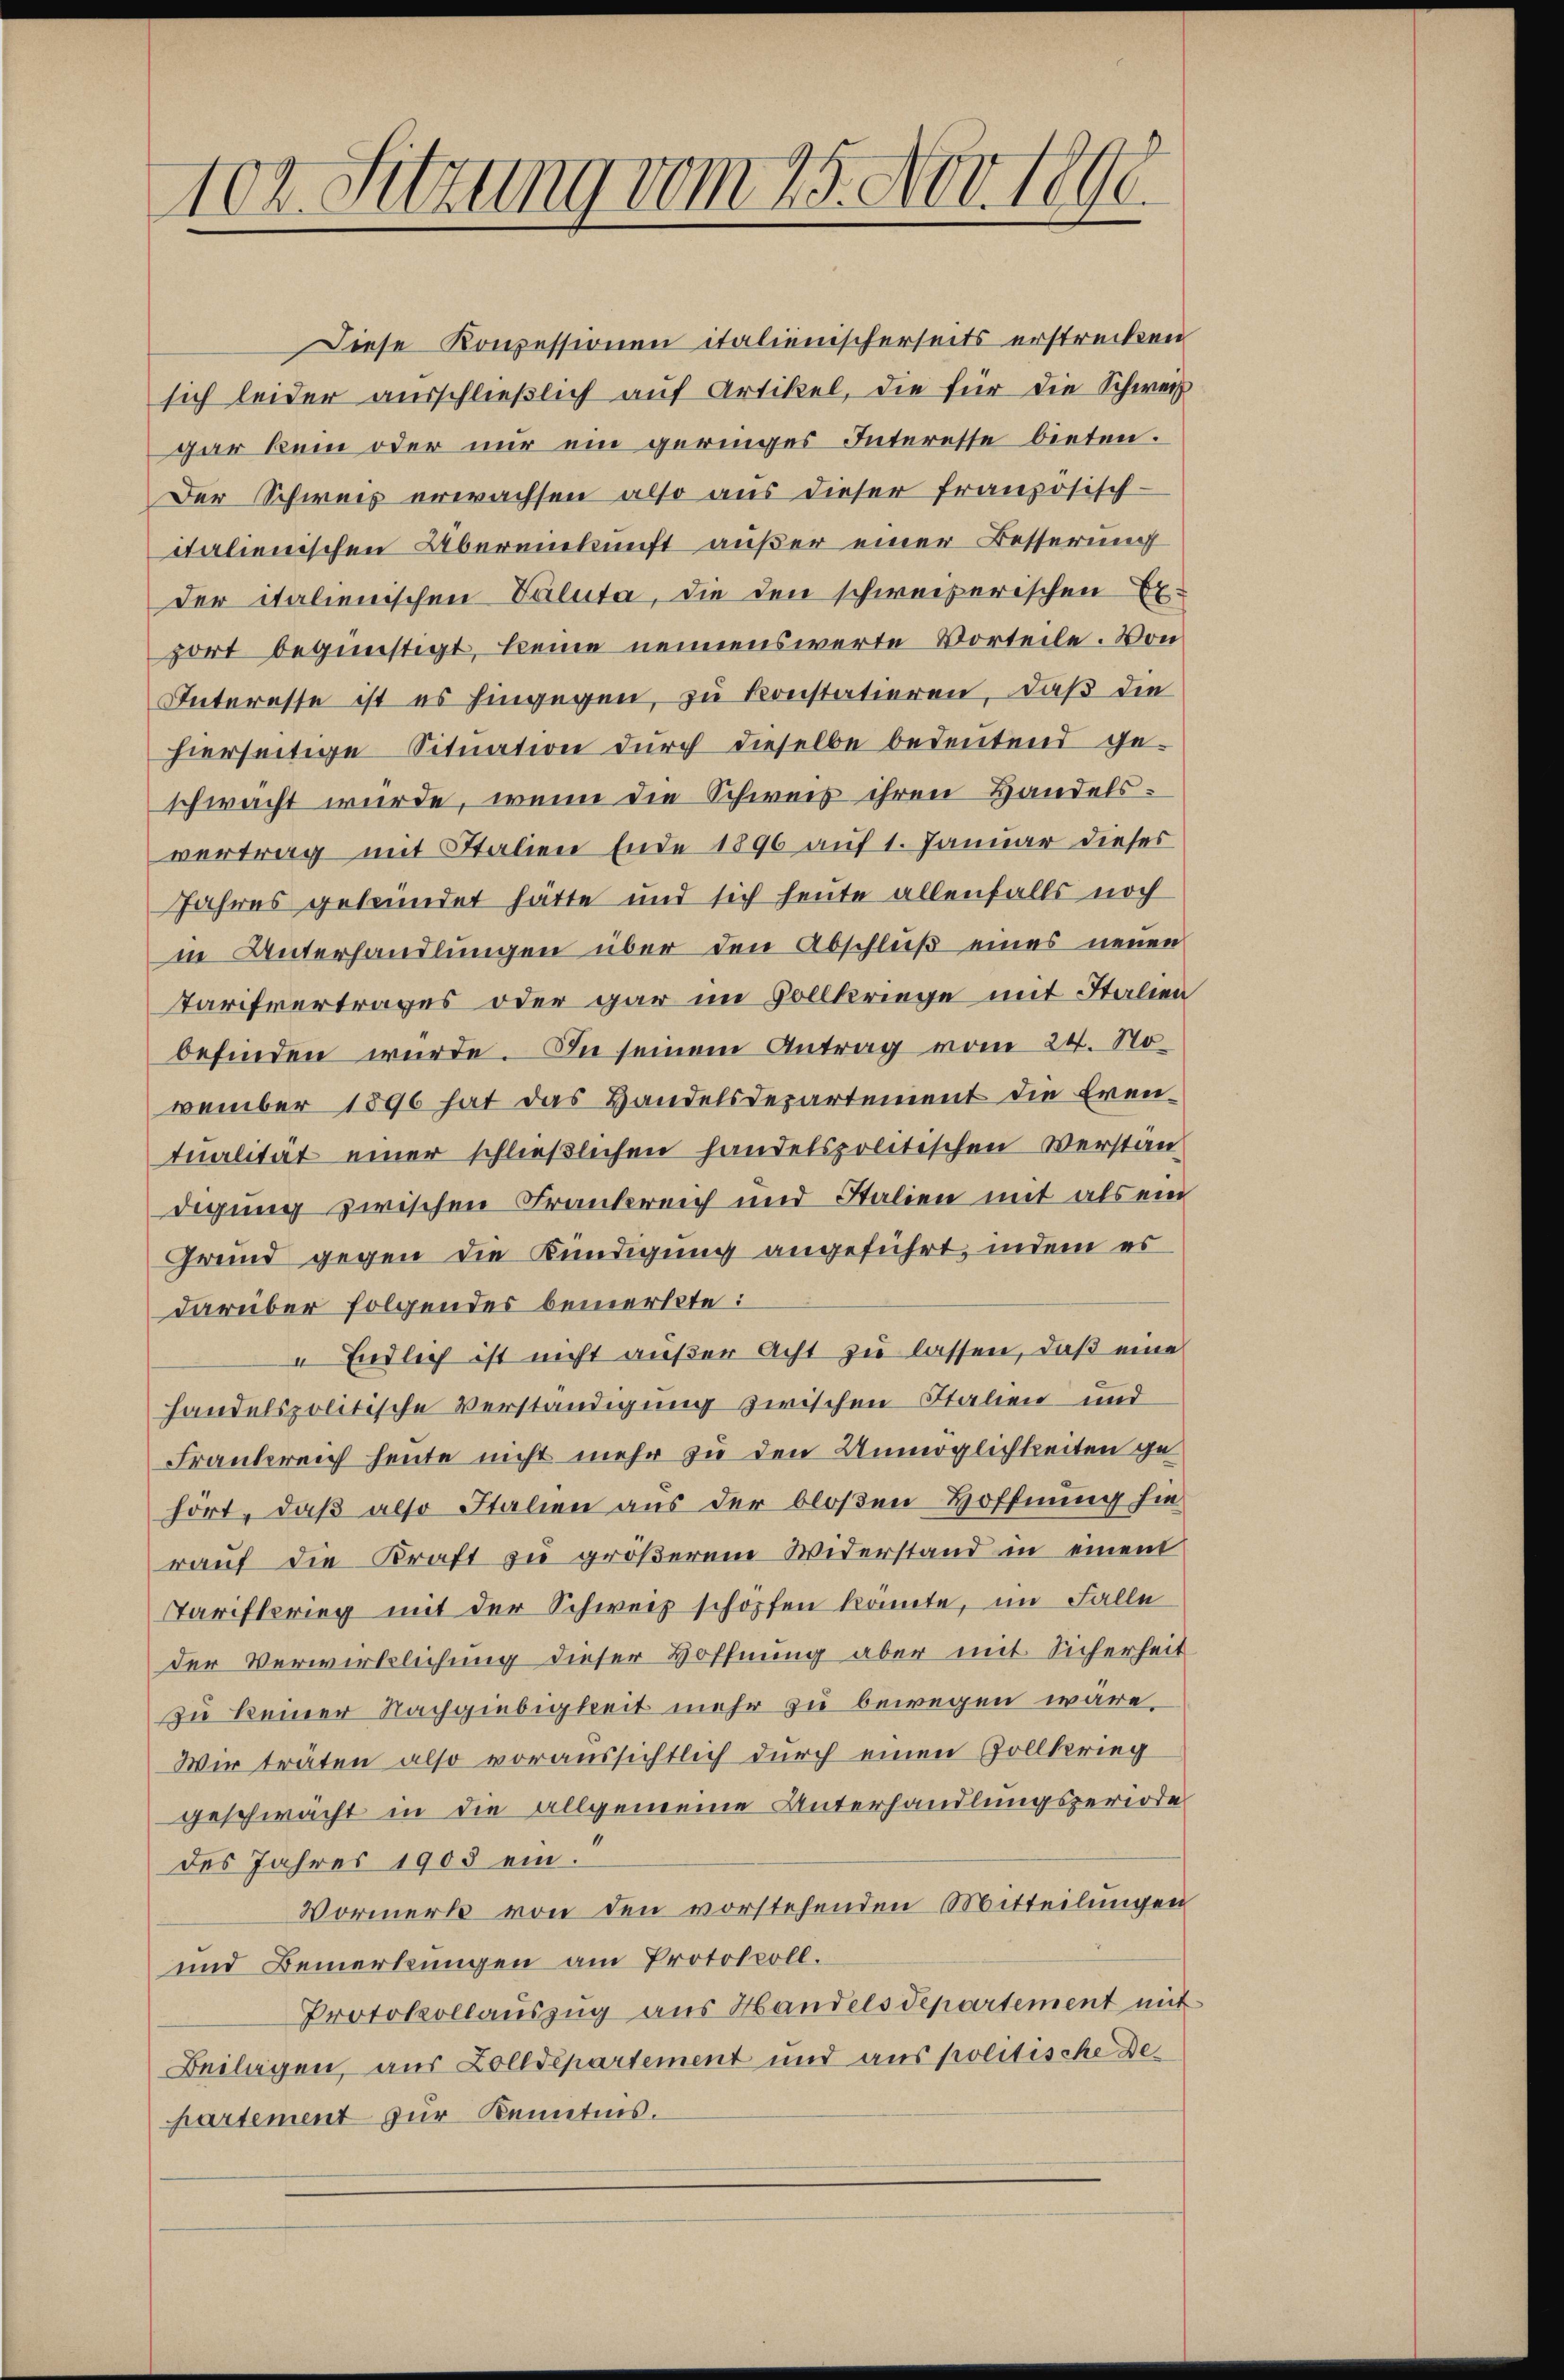
102. Sitzung vom 25. Nov. 1890.

Diese Konzessionen italienischerseits erstrecken
sich leider ausschließlich auf Artikel, die für die Schweiz
gar kein oder nur ein geringes Interette bieten.
Der Schweiz erwachsen also aus dieser französisch-
italienischen Übereinkunft außer einer Besserung
der italienischen Valuta, die den schweizerischen Er-
port begünstigt, keine nennenswerte Vorteile. Von
Interesse ist es hingegen, zu konstatieren, daß die
hierseitige Situation durch dieselbe bedeutend ge-
schwacht wurde, wenn die Schweis ihren Handelsvertrag mit Italien Ende 1896 auf 1. Januar dieses
Jahres gekündet hätte und sich heute allenfalls noch
in Unterhandlungen über den Abschluß eines neuen
Tarifvertrages oder gar im Vollkriege mit Italien
befinden würde. In seinem Antrag vom 24. November 1896 hat das Handelsdepartement die Eren-
tualität einer schließlichen handelspolitischen Verständigung zwischen Frankreich und Stalien mit als ein
Grund gegen die Kündigung angeführt, indem es
darüber folgendes bemerkte:
Endlich ist nicht außer Acht zu lassen, daß eine
handelspolitische Verständigung zwischen Stalien und
Frankreich heute nicht mehr zu den Unmöglichkeiten gehört, daß also Italien aus der bloßen Hoffnung hie
raŭf die Kraft zu größerem Widerstand in einen
Tarifterieg mit der Schweiz schöpfen könnte, im Falle
der Verwirklichung dieser Hoffnung aber mit Sicherheit
zu keiner Nachgiebigkeit mehr zu bewegen wäre,
Wir träten also voraussichtlich durch einen Zollkrieg
geschwächt in die allgemeine Unterhandlungsperiode
des Jahres 1905 ein.
Vormerk von den vorstehenden Mitteilungen
und Bemerkungen am Protokoll.
Protokollauszug aus Handels departement mit
Beilagen, aus Zolldepartement und aus politische Des
hartement zur Kenntnis.